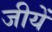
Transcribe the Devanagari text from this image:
जीयें